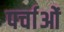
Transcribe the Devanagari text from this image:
पर्चाओं